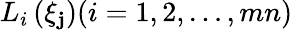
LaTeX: L_{i}\left(\xi_{\mathbf{j}}\right)(i=1,2,\ldots,mn)